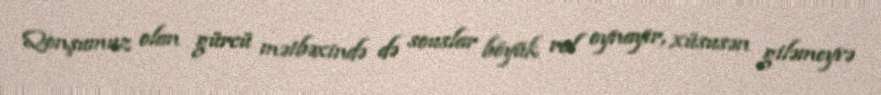
Qonşumuz olan gürcü mətbəxində də souslar böyük rol oynayır, xüsusən giləmeyvə